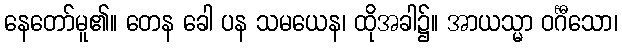
နေတော်မူ၏။ တေန ခေါ ပန သမယေန၊ ထိုအခါ၌။ အာယသ္မာ ဝင်္ဂီသော၊